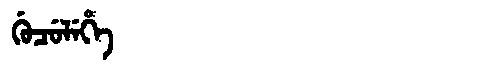
Manchu: ᡤᡠᠴᡠᠯᡝᡥᡝ
Romanization: GUCULEHE